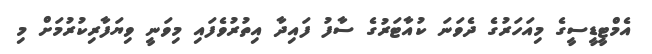
އެމްޓީޑީސީގެ މިއަހަރުގެ ދެވަނަ ކުއާޓަރުގެ ސާފު ފައިދާ އިތުރުވެފައި މިވަނީ ވިޔަފާރިކުރުމަށް މި